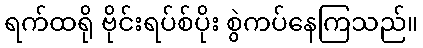
ရက်ထရို ဗိုင်းရပ်စ်ပိုး စွဲကပ်နေကြသည်။